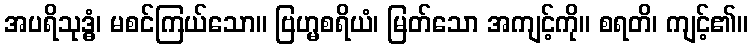
အပရိသုဒ္ဓံ၊ မစင်ကြယ်သော။ ဗြဟ္မစရိယံ၊ မြတ်သော အကျင့်ကို။ စရတိ၊ ကျင့်၏။